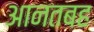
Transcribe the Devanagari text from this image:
आनतबह